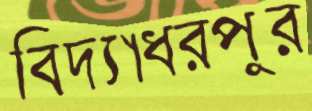
বিদ্যাধরপুর